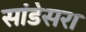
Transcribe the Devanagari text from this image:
सांडेसरा